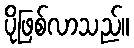
ပိုဖြစ်လာသည်။